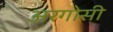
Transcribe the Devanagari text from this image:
अरगोसी